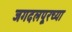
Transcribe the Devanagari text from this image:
जगदलपूरच्या